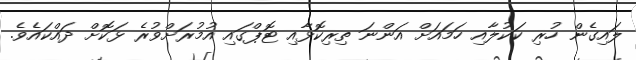
ލައިގެން ހުރި ކަކުލާއި ހަމައަށް އަންނަ ތިރިކޮޅާއި ޓޮޕްގައި އުމުރަށްވުރެ ޅަކޮށް ދައްކައެވެ.